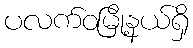
ပလက်ဝမြို့နယ်ရှိ